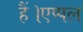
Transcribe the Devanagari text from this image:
हैं।एप्पल